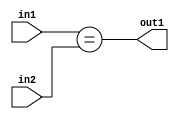
`timescale 1ps / 1ps
/*****************************************************************************
    Verilog RTL Description
    
    
    Created by: Stratus DpOpt 21.05.01 
*******************************************************************************/

module SobelFilter_Equal_6Ux6U_1U_1 (
	in2,
	in1,
	out1
	); /* architecture "behavioural" */ 
input [5:0] in2,
	in1;
output  out1;
wire  asc001;

assign asc001 = (in1==in2);

assign out1 = asc001;
endmodule

/* CADENCE  urf5Sws= : u9/ySxbfrwZIxEzHVQQV8Q== ** DO NOT EDIT THIS LINE ******/